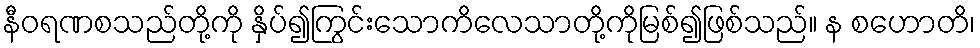
နီဝရဏစသည်တို့ကို နှိပ်၍ကြွင်းသောကိလေသာတို့ကိုမြစ်၍ဖြစ်သည်။ န စဟောတိ၊